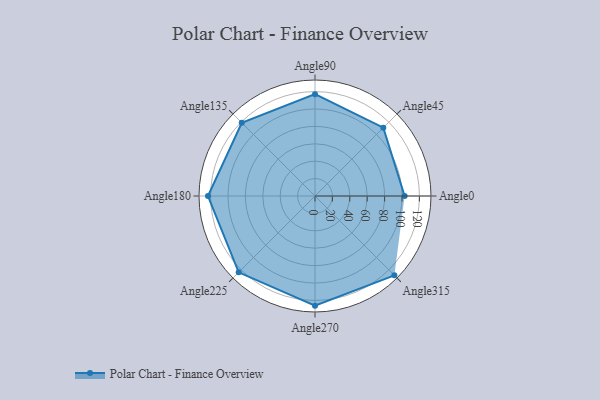
{"axis": {"x": "Angle", "y": "Radius"}, "legend": [""], "data": [{"x": "Angle0", "y": 103.0, "type": ""}, {"x": "Angle45", "y": 111.0, "type": ""}, {"x": "Angle90", "y": 117.0, "type": ""}, {"x": "Angle135", "y": 119.0, "type": ""}, {"x": "Angle180", "y": 123.0, "type": ""}, {"x": "Angle225", "y": 124.0, "type": ""}, {"x": "Angle270", "y": 126.0, "type": ""}, {"x": "Angle315", "y": 129.0, "type": ""}]}